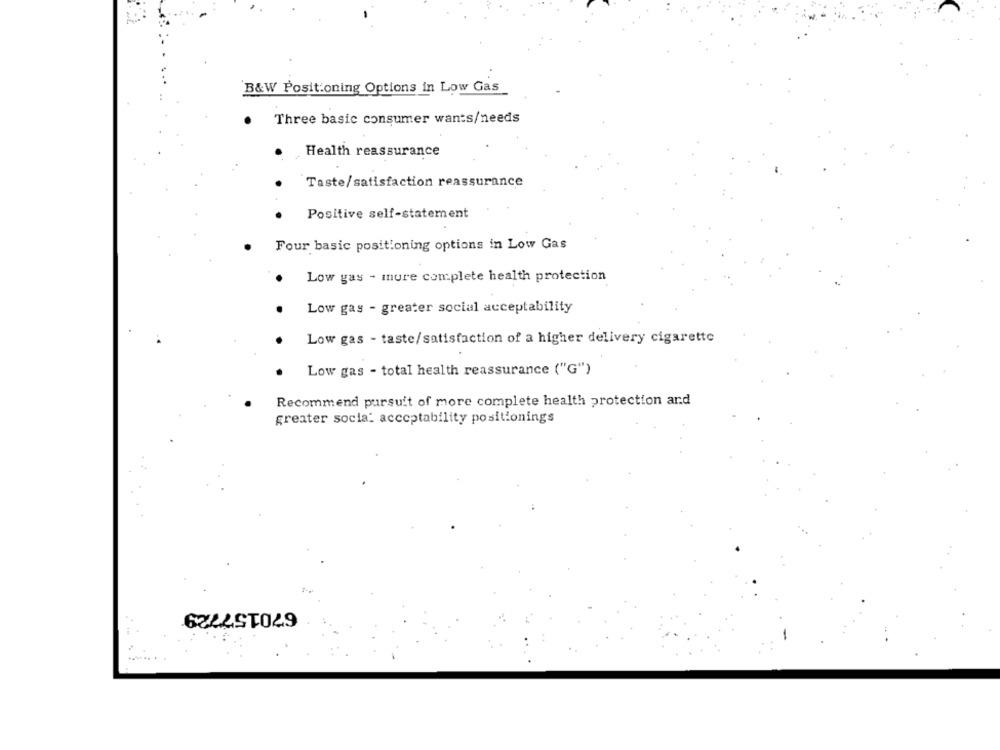
B&W Positioning Options in Low Gas
Three basic consumer wants/needs
Health reassurance
Taste/satisfaction reassurance
Positive self-statement
Four basic positioning options in Low Gas
Low gas - more complete health protection
Low gas - greater social acceptability
Low gas - taste/satisfaction of a higher delivery cigarette
Low gas - total health reassurance ("G")
Recommend pursuit of more complete health protection and
greater socia: acceptability positionings
670157729